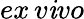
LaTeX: ex\, v\mathit{i}vo